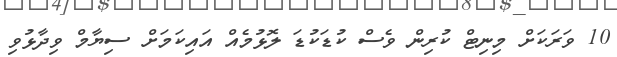
10 ވަރަކަށް މިނިޓް ކުރިން ވެސް ކުޑަކުޑަ ލޮޅުމެއް އައިކަމަށް ސިޔާމް ވިދާޅުވި